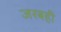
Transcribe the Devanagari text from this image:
जरबही